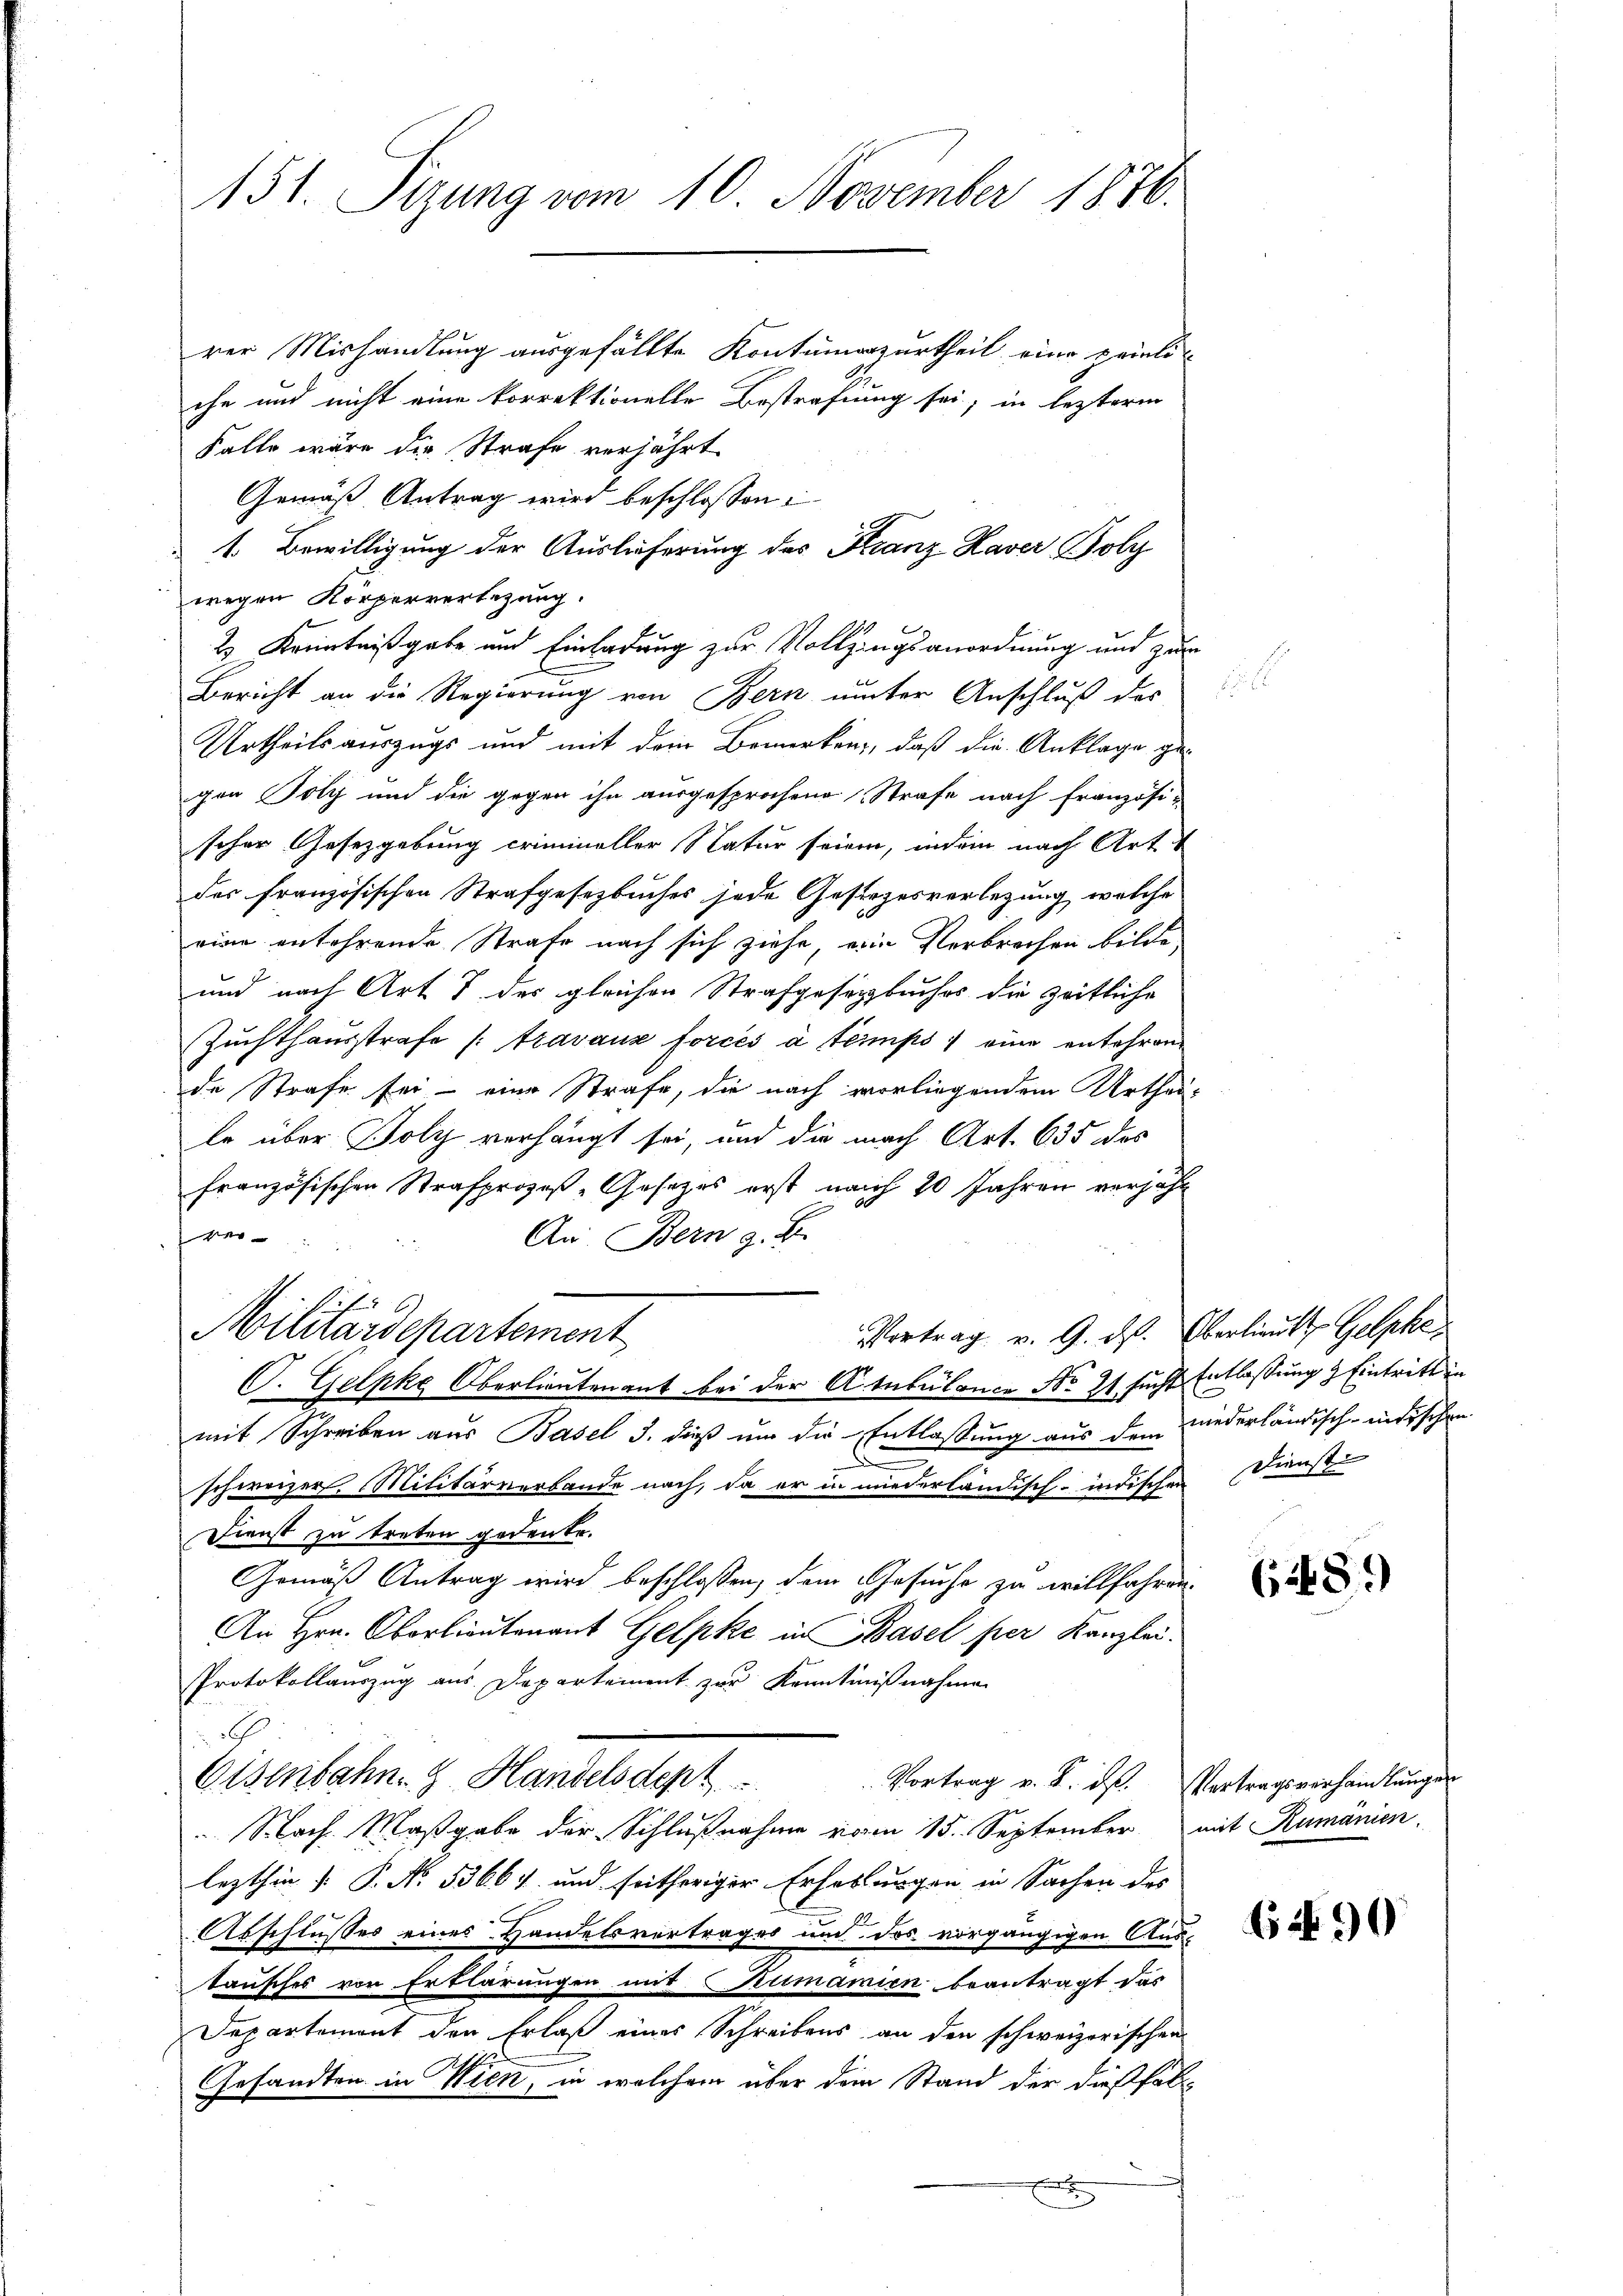
151. Sizung vom 10. November 1876.

rer Mishandlung ausgefällte Kontumazurtheil eine peinliche und nicht eine korrektionelle Bestrafung sei; in lezterm
Falle wäre die Strafe verjährt.
Gemäß Antrag wird beschlossen:
1. Bewilligung der Auslieferung des Kranz Haver Folg
wegen Körpervertigung.
2) Kenntnißgabe und Einladung zur Vollzungsanordnung und zur
Bericht an die Regierung von Bern unter Anschluß des
Urtheilsauszugs und mit dem Bemerken, daß die Anklage ge-
gen Poly und die gegen ihn ausgesprochene Strafe nach französi-
scher Gesetzgebung criminaller Natur seinen, indem nach Art
des französischen Strafgesetzbuches jede Gesingesverlegung, welche
rien entehrende Strafe nach sich ziehe, ein Verbrechen bilde,
und nach Art 7 des gleichen Strafgesetzbuches die zeitliche
Zuchthausstrafe /: travaux forcés à temps eine entehren
de Strafe sei - eine Strafe, die nach vorliegendem Urthei-
le über Bolz verhängt sei, und die nach Art. 635 des
französischen Strafprozeß-Gesetzes erst nach 10 Jahren verjähr

An Bern z. B.
Vortrag v. 9. ds. Oberlieutt Gelpke
Militärdepartement
C. Gelpke Oberlieutenant bei der Atubülance No 21 sucht Entlassung & Eintritt in
mit Schreiben aus Basel d. dieß um die Entlaßung aus dem niederländisch-indischen
e
schweizer. Militärverbande nach, da er in niederländisch-indischen Dienst
Dienst zu treten gedenke.
Gemäß Antrag wird beschlossen, dem Gesuche zu willfahren.
An Hrn. Oberlieutenant Gelpke in Basel per Kanzlei.
Protokollauszug aus Departement zur Kenntnißnahme
e
Eisenbahn. Handelsdept
Vortrag v. K. ds. Vortragsverhandlungen
Nach Maßgabe der Schlußnahme vom 15. September mit Rumänien
lezthin (: P. No. 53664 und seitheriger Erhebungen in Sachen des
Abschlusses eines Handelsvertrages und des vorgängigen Aus-
tausches von Erklärungen mit Rumamien beantragt das
Departement der Erlaß eines Schreibens an den schweizerischen
Gesandten in Wien, in welchem über dem Stand der dießfal

i

(89)

6 290